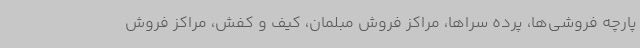
پارچه فروشی‌ها، پرده سراها، مراکز فروش مبلمان، کیف و کفش، مراکز فروش